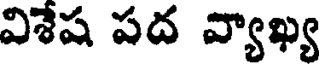
విశేష పద వ్యాఖ్య